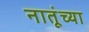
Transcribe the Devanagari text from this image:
नातूंच्या